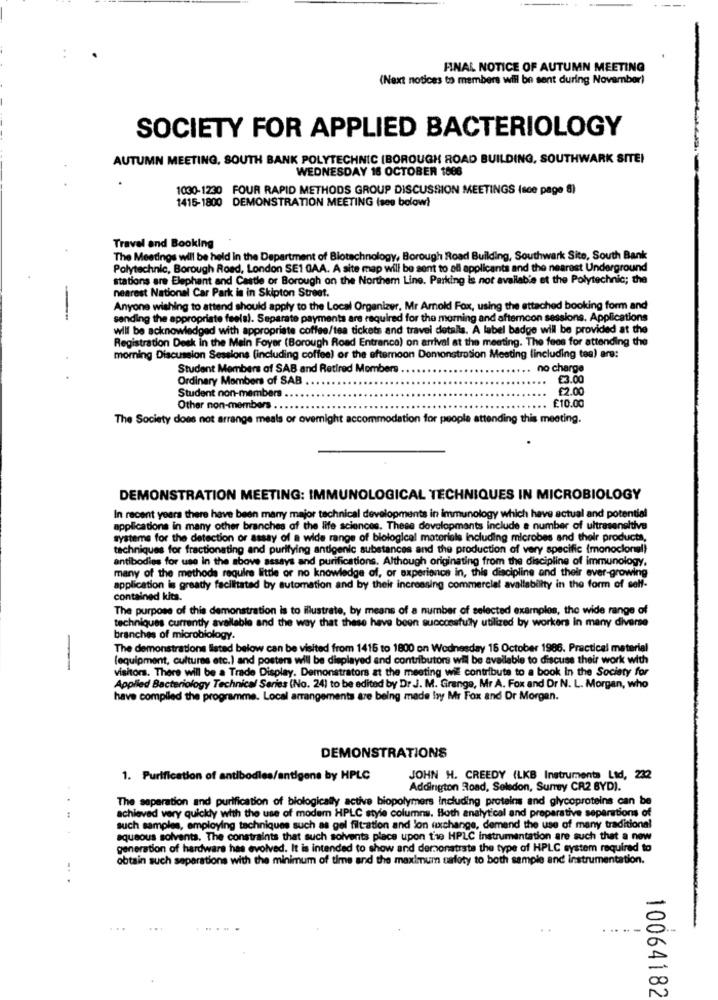
FINAL NOTICE OF AUTUMN MEETING
(Next notices to members will be sent during November)
SOCIETY FOR APPLIED BACTERIOLOGY
AUTUMN MEETING, SOUTH BANK POLYTECHNIC (BOROUGH ROAD BUILDING, SOUTHWARK SITE!
WEDNESDAY 18 OCTOBER 1606
1030-1230 FOUR RAPID METHODS GROUP DISCUSSION MEETINGS (sce page 8)
1415-1800 DEMONSTRATION MEETING (see below?
Travel and Booking
The Meetings will be held in the Department of Biotechnology, Borough Road Building, Southwark Site, South Bank
Polytechnic, Borough Road, London SE1 GAA. A site map will be sent to all applicants and the nearest Underground
stations are Elephant and Castle or Borough on the Northem Line. Parking is not available et the Polytechnic; the
nearest National Car Park is in Skipton Street.
Anyone wishing to attend should apply to the Local Organizer, Mr Arnold Fox, using the attached booking form and
sending the appropriate feelal. Separate payments are required for the morning and afternoon sessions. Applications
will be acknowledged with appropriate coffee/tea tickets and travel details. A label badge will be provided at the
Registration Desk in the Main Foyer (Borough Road Entrance) on arrival at the meeting. The fees for attending the
morning Discussion Sessions (including coffee) or the afternoon Demonstration Meeting (including tea) are:
Student Members of SAB and Retired Members
. no charge
Ordinary Members of SAB
€3.00
£2.00
Student non-members .
Other non-members . .
£10.00
The Society does not arrange meals or overnight accommodation for people attending this meeting.
DEMONSTRATION MEETING: IMMUNOLOGICAL TECHNIQUES IN MICROBIOLOGY
In recent years there have been marry major technical developments in immunology which have actual and potential
applications in many other branches of the life sciences. These developments include a number of ultrasensitive
systems for the detection or assay of a wide range of biological materiale including microbes and their products,
techniques for fractionating and purifying antigenic substances and the production of very specific (monoclonal)
antibodies for use in the above assays and purifications. Although originating from the discipline of immunology,
many of the methods require little or no knowledge of, or axperianon in, this discipline and their ever-growing
application is greatly facilitated by automation and by their increasing commercial availability in the form of self-
contained kits.
The purpose of this demonstration is to illustrate, by means of a number of selected examples, the wide range of
techniques currently available and the way that these have been successfully utilized by workers In many diverse
branches of microbiology.
The demonstrations listed below can be visited from 1416 to 1800 on Wednesday 16 October 1986. Practical material
(equipment, cultures etc.) and posters will be displayed and contributors will be available to discuss their work with
-
visitors. There will be a Trade Display. Demonstrators at the meeting will contribute to a book In the Society for
Applied Bacteriology Technical Series (No. 24) to be edited by Dr J. M. Grange, Mr A. Fox and Dr N. L. Morgan, who
have compiled the programme. Local arrangements are being made loy Mr Fox and Dr Morgen.
DEMONSTRATIONS
1. Purification of antibodies/antigene by HPLC
JOHN H. CREEDY (LKB Instruments Lid, 232
Addington Road, Seledon, Surrey CR2 BYD).
The separation and purification of biologically active biopolymers including proteins and glycoproteins can be
achieved very quickly with the use of modem HPLC style columns. Both analytical and preparative separations of
such samples, employing tachniques such as gel filt-ation and ion exchange, demend the use of many traditional
aqueous solvents. The constraints that such solvents place upon t'te HPLC instrumentation are such that a new
generation of hardware has evolved. It is intended to show and demonstrate the type of HPLC system required to
obtain such separations with the minimum of time and the maximum safety to both sample and instrumentation.
10064182